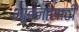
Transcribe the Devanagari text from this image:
भावनांसाठी